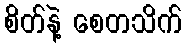
စိတ်နဲ့ စေတသိက်